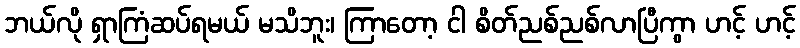
ဘယ်လို ရှာကြံဆပ်ရမယ် မသိဘူး၊ ကြာတော့ ငါ စိတ်ညစ်ညစ်လာပြီကွာ ဟင့် ဟင့်